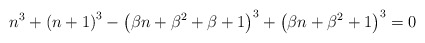
\begin{align*}n^{3}+\left(n+1\right)^{3}-\left(\beta n+\beta^{2}+\beta+1\right)^{3}+\left(\beta n+\beta^{2}+1\right)^{3}=0\end{align*}